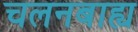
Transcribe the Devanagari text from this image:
चलनबाह्य